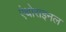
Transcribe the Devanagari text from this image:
एंथोराइनल